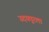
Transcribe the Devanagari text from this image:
उदयपूरला